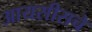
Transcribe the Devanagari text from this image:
आयसीसचे